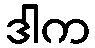
ဒါက